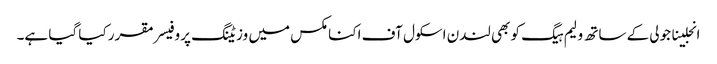
انجلینا جولی کے ساتھ ولیم ہیگ کو بھی لندن اسکول آف اکنامکس میں وزیٹنگ پروفیسر مقرر کیا گیا ہے۔